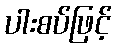
ပါးစပ်ဖြင့်